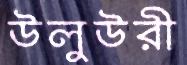
উলুউরী